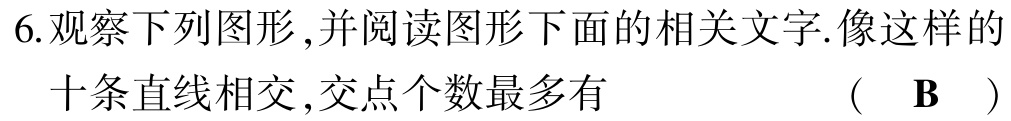
6.观察下列图形,并阅读图形下面的相关文字.像这样的十条直线相交,交点个数最多有 （ B ）